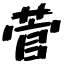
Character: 菅